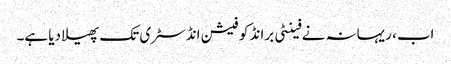
اب، ریہانہ نے فینٹی برانڈ کو فیشن انڈسٹری تک پھیلا دیا ہے۔